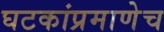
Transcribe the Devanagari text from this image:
घटकांप्रमाणेच